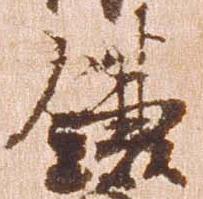
鎌